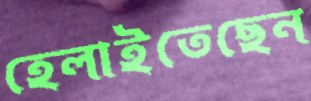
হেলাইতেছেন